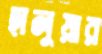
হালুয়ার